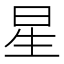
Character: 星